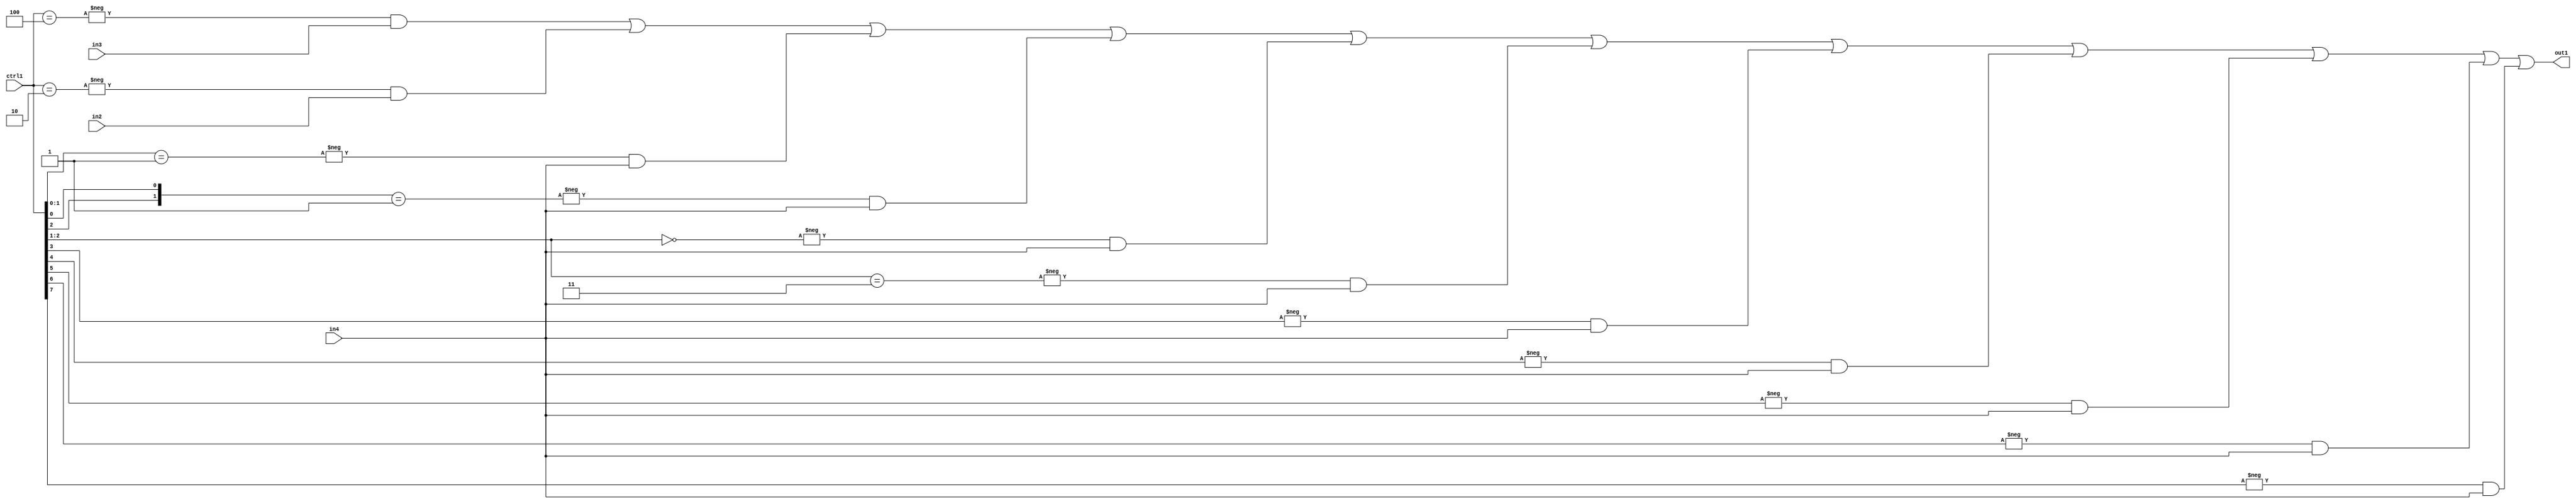
`timescale 1ps / 1ps
/*****************************************************************************
    Verilog RTL Description
    
    
    Created by: Stratus DpOpt 2019.1.01 
*******************************************************************************/

module st_weight_addr_gen_N_Mux_16_3_22_4_1 (
	in4,
	in3,
	in2,
	ctrl1,
	out1
	); /* architecture "behavioural" */ 
input [15:0] in4;
input [13:0] in3;
input [14:0] in2;
input [7:0] ctrl1;
output [15:0] out1;
wire [15:0] asc001;

assign asc001 = 
	-{ctrl1 == 8'B00000100} & in3 |
	-{ctrl1 == 8'B00000010} & in2 |
	-{ctrl1[1:0] == 2'B01} & in4 |
	-{{ctrl1[2], ctrl1[0]} == 2'B01} & in4 |
	-{ctrl1[2:1] == 2'B00} & in4 |
	-{ctrl1[2:1] == 2'B11} & in4 |
	-{ctrl1[3] == 1'B1} & in4 |
	-{ctrl1[4] == 1'B1} & in4 |
	-{ctrl1[5] == 1'B1} & in4 |
	-{ctrl1[6] == 1'B1} & in4 |
	-{ctrl1[7] == 1'B1} & in4 ;

assign out1 = asc001;
endmodule

/* CADENCE  vrnwSQk= : u9/ySgnWtBlWxVPRXgAZ4Og= ** DO NOT EDIT THIS LINE ******/